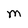
Character: M